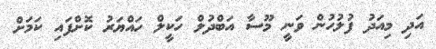
އަދި މިއަދު ފުލުހުން ވަނީ މޫސާ އަބްދުލް ހަކީލް ހައްޔަރު ކޮށްފައި ކަމަށް